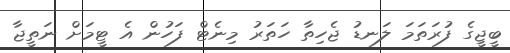
ބީޖީގެ ފުރަތަމަ ލަނޑު ޖެހިތާ ހަތަރު މިނެޓް ފަހުން އެ ޓީމަށް ނަތީޖާ